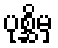
ပုစ္ဆိမှ